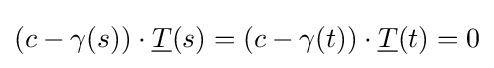
(c-\gamma (s))\cdot {\underline {T}}(s)=(c-\gamma (t))\cdot {\underline {T}}(t)=0